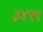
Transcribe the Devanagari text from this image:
३४९९